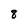
Character: 8